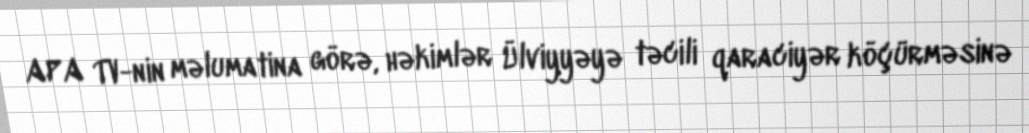
APA TV-nin məlumatina görə, həkimlər Ülviyyəyə təcili qaraciyər köçürməsinə